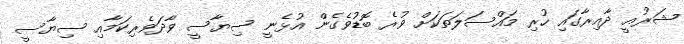
ޝަރުއީ ދާއިރާގައި ހުރި މައްސަލަތަކަށް ވުރެ ބޮޑުވެގެން އުޅެނީ ސިޔާސީ ވާދަވެރިކަމާއި ސިޔާސީ